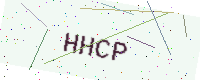
Text: HHCP